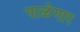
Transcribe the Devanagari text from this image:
पाळेगार